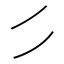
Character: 𰀪